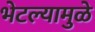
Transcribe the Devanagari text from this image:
भेटल्यामुळे